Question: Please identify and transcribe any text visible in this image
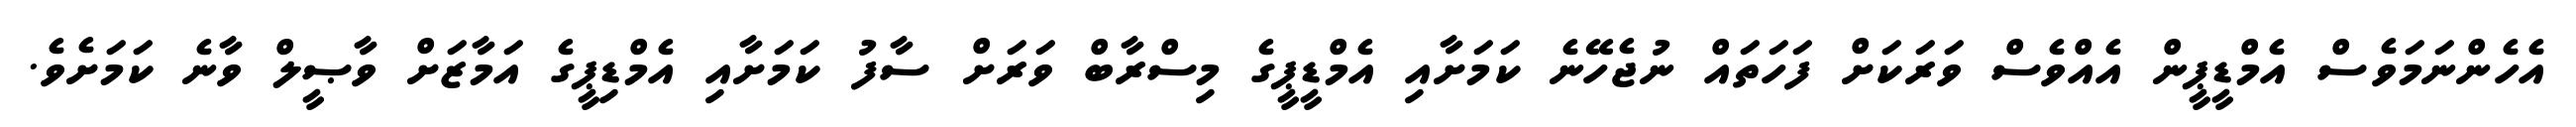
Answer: އެހެންނަމަވެސް އެމްޑީޕީން އެއްވެސް ވަރަކަށް ފަހަތައް ނުޖެހޭނެ ކަމަށާއި އެމްޑީޕީގެ މިސްރާބް ވަރަށް ސާފު ކަމަށާއި އެމްޑިޕީގެ އަމާޒަށް ވާޞީލް ވާނެ ކަމަށެވެ.